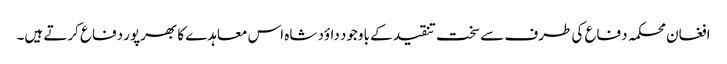
افغان محکمہ دفاع کی طرف سے سخت تنقید کے باوجود داؤد شاہ اس معاہدے کا بھرپور دفاع کرتے ہیں۔